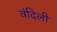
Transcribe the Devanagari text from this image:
वंदिली